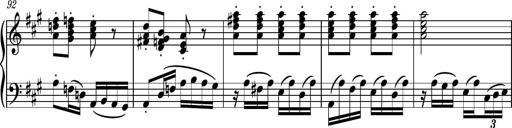
Title: Piano Sonatina No.6
Composer: Dimitri Sykias
Key: A major